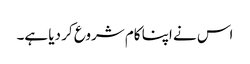
اس نے اپنا کام شروع کر دیا ہے۔